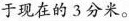
于现在的3分米。